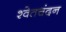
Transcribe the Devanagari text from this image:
श्‍वेतचंदन